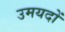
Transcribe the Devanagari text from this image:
उमयदों